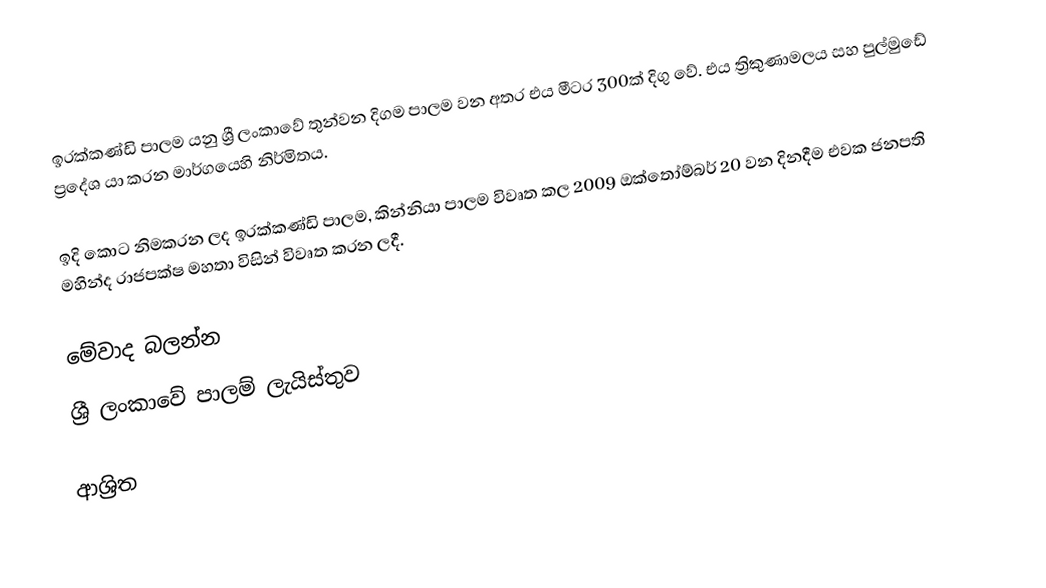
ඉරක්කණ්ඩි පාලම යනු ශ්‍රී ලංකාවේ තුන්වන දිගම පාලම වන අතර එය මීටර 300ක් දිගු වේ. එය ත්‍රිකුණාමලය සහ පුල්මුඩේ ප්‍රදේශ යා කරන මාර්ගයෙහි නිර්මිතය.

ඉදි කොට නිමකරන ලද ඉරක්කණ්ඩි පාලම, කින්නියා පාලම විවෘත කල 2009 ඔක්තෝම්බර් 20 වන දිනදීම එවක ජනපති මහින්ද රාජපක්ෂ මහතා විසින් විවෘත කරන ලදී.

මේවාද බලන්න
ශ්‍රී ලංකාවේ පාලම් ලැයිස්තුව

ආශ්‍රිත